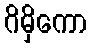
ဂိမှိကော